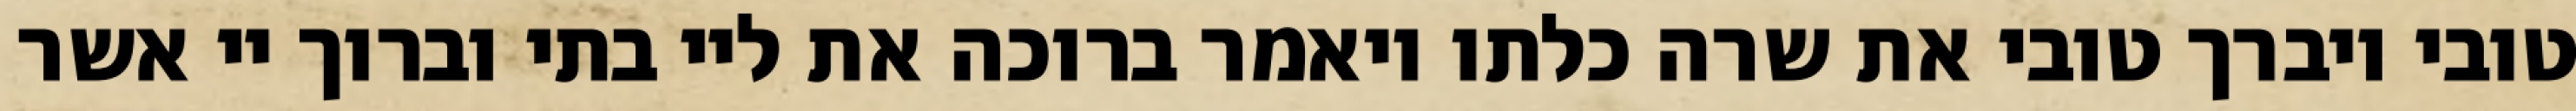
טובי ויברך טובי את שרה כלתו ויאמר ברוכה את ליי בתי וברוך יי אשר